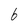
Character: 6